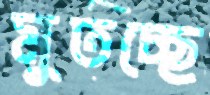
মুতচ্ছে